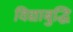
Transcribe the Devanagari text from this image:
विद्याबुद्धि